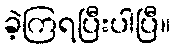
ခဲ့ကြရပြီးပါပြီ။